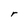
Character: r